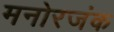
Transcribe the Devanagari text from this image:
मनोरजंक